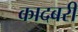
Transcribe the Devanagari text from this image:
कादबरी